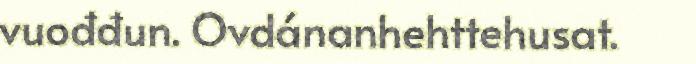
vuođđun. Ovdánanhehttehusat.